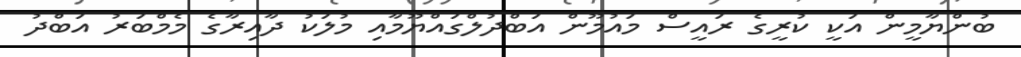
ބުންޔާމީން އަކީ ކުރީގެ ރައީސް މައުމޫން އަބްދުލްގައްޔޫމާއި މުލަކު ދާއިރާގެ މެމްބަރު އަބްދު